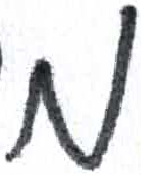
אות: מ